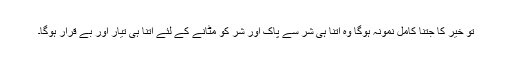
تو خیر کا جتنا کامل نمونہ ہوگا وہ اتنا ہی شر سے پاک اور شر کو مٹانے کے لئے اتنا ہی تیار اور بے قرار ہوگا۔